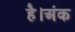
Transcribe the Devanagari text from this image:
है।अंक